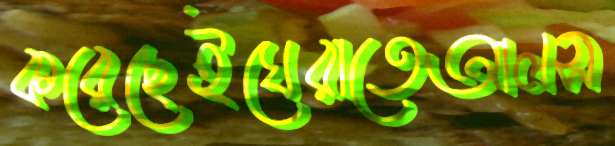
করেছেইঘেরাতেআলস